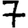
Digit: 7